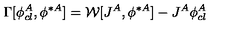
\Gamma [ \phi _ { c l } ^ { A } , \phi ^ { \ast A } ] = { \cal W } [ J ^ { A } , \phi ^ { \ast A } ] - J ^ { A } \phi _ { c l } ^ { A }